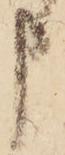
申